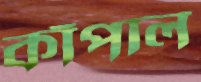
কাঁপাল